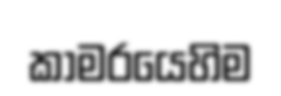
කාමරයෙහිම